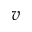
\boldsymbol { v }